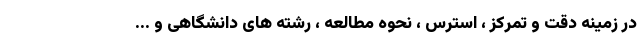
در زمینه دقت و تمرکز ، استرس ، نحوه مطالعه ، رشته های دانشگاهی و ...